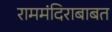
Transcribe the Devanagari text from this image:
राममंदिराबाबत